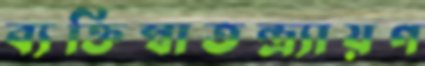
ব্যক্তিস্বাতন্ত্র্যায়ণ